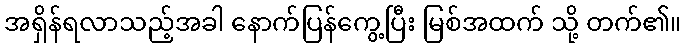
အရှိန်ရလာသည့်အခါ နောက်ပြန်ကွေ့ပြီး မြစ်အထက် သို့ တက်၏။